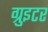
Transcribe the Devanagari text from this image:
ग्रुइटर